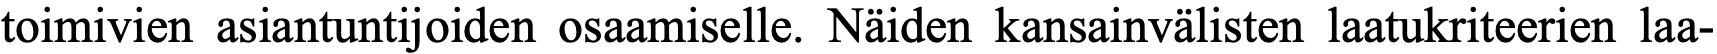
toimivien asiantuntijoiden osaamiselle. Näiden kansainvälisten laatukriteerien laa-